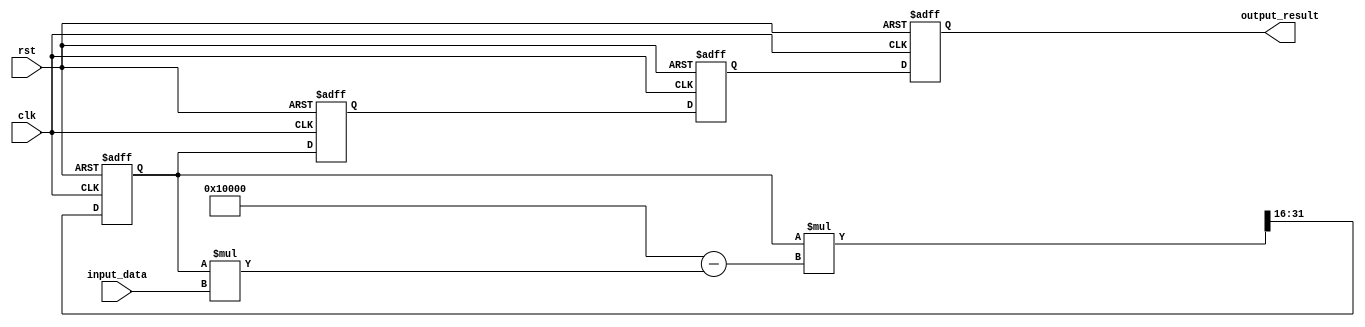
module SystolicArrayReciprocal #(
    parameter WIDTH = 16, // Bit-width for input and output
    parameter ITERATIONS = 4 // Number of iterations for convergence
)(
    input wire clk,
    input wire rst,
    input wire [WIDTH-1:0] input_data,
    output reg [WIDTH-1:0] output_result
);

    // Internal signals
    reg [WIDTH-1:0] PE [0:1][0:1]; // 2x2 array of processing elements
    reg [WIDTH-1:0] input_reg [0:1]; // Input registers for each PE
    reg [WIDTH-1:0] output_reg [0:1]; // Output registers for each PE

    // Control signals
    integer i, j;

    // Processing element behavior
    always @(posedge clk or posedge rst) begin
        if (rst) begin
            // Reset all registers
            for (i = 0; i < 2; i = i + 1) begin
                for (j = 0; j < 2; j = j + 1) begin
                    PE[i][j] <= 0;
                end
            end
            output_result <= 0;
        end else begin
            // Load input data into the first row of PEs
            PE[0][0] <= input_data; // First PE gets the input data
            PE[0][1] <= PE[0][0]; // Pass through to the next PE in the row

            // Iterative reciprocal calculation using Newton-Raphson method
            for (i = 0; i < ITERATIONS; i = i + 1) begin
                // Simple reciprocal approximation: x[n+1] = x[n] * (2 - x[n] * a)
                // Where 'a' is the input data, and x[n] is the current approximation
                PE[0][0] <= PE[0][0] * (2**WIDTH - PE[0][0] * input_data) >> WIDTH; // First PE
                PE[0][1] <= PE[0][0]; // Pass result to next PE in the row

                // Propagate results down the array
                PE[1][0] <= PE[0][0]; // Pass result to the next row
                PE[1][1] <= PE[1][0]; // Pass result to the next PE
            end

            // Collect final result from the last row of PEs
            output_result <= PE[1][1]; // Final output from last PE
        end
    end

endmodule